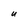
Character: u